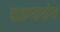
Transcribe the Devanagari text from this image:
पाळण्यायोग्य